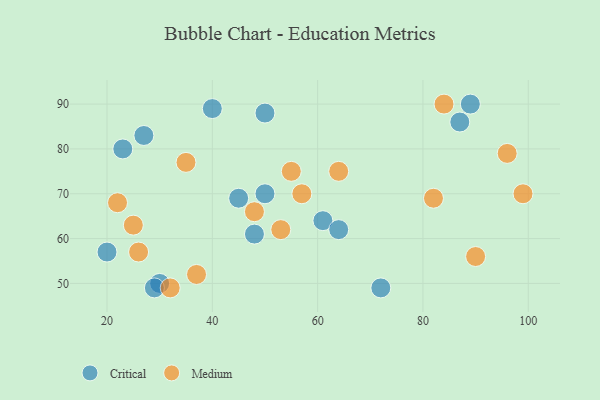
{"axis": {"x": "GDP", "y": "Life Expectancy"}, "legend": ["Critical", "Medium"], "data": [{"x": "89", "y": 90, "type": "Critical"}, {"x": "23", "y": 80, "type": "Critical"}, {"x": "30", "y": 50, "type": "Critical"}, {"x": "50", "y": 88, "type": "Critical"}, {"x": "45", "y": 69, "type": "Critical"}, {"x": "61", "y": 64, "type": "Critical"}, {"x": "48", "y": 61, "type": "Critical"}, {"x": "72", "y": 49, "type": "Critical"}, {"x": "20", "y": 57, "type": "Critical"}, {"x": "29", "y": 49, "type": "Critical"}, {"x": "27", "y": 83, "type": "Critical"}, {"x": "64", "y": 62, "type": "Critical"}, {"x": "40", "y": 89, "type": "Critical"}, {"x": "87", "y": 86, "type": "Critical"}, {"x": "50", "y": 70, "type": "Critical"}, {"x": "82", "y": 69, "type": "Medium"}, {"x": "32", "y": 49, "type": "Medium"}, {"x": "25", "y": 63, "type": "Medium"}, {"x": "99", "y": 70, "type": "Medium"}, {"x": "37", "y": 52, "type": "Medium"}, {"x": "53", "y": 62, "type": "Medium"}, {"x": "84", "y": 90, "type": "Medium"}, {"x": "26", "y": 57, "type": "Medium"}, {"x": "96", "y": 79, "type": "Medium"}, {"x": "48", "y": 66, "type": "Medium"}, {"x": "35", "y": 77, "type": "Medium"}, {"x": "55", "y": 75, "type": "Medium"}, {"x": "90", "y": 56, "type": "Medium"}, {"x": "64", "y": 75, "type": "Medium"}, {"x": "57", "y": 70, "type": "Medium"}, {"x": "22", "y": 68, "type": "Medium"}]}